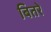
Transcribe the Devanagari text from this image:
बितरे